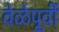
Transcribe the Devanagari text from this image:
वेळेपूर्वी